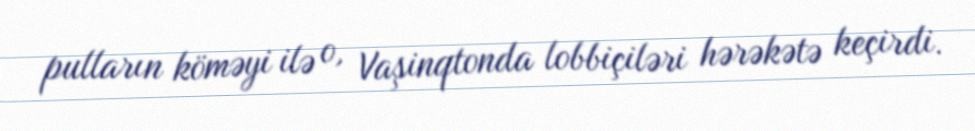
pulların köməyi ilə o, Vaşinqtonda lobbiçiləri hərəkətə keçirdi.